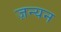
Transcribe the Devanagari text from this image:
ज़न्यन